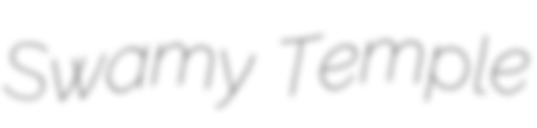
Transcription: Swamy Temple